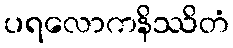
ပရလောကနိဿိတံ